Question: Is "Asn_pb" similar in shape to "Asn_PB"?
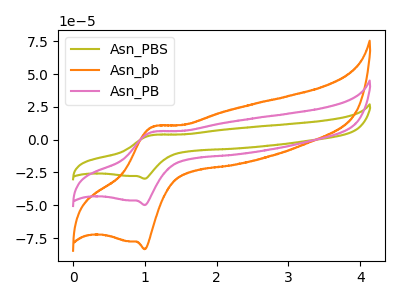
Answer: <think>The olive curve "Asn_PBS" has an anodic peak at (1.10V, 11.75uA) and a cathodic peak at (1.00V, -99.75uA). The orange curve "Asn_pb" has an anodic peak at (1.10V, 9.85uA) and a cathodic peak at (1.00V, -83.50uA). The pink curve "Asn_PB" has an anodic peak at (1.10V, 5.90uA) and a cathodic peak at (1.00V, -49.85uA).
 All the peaks in "Asn_pb" have a peak in "Asn_PB" at the same potential. Every peak in "Asn_pb" is higher than every peak in "Asn_PB".</think>
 <answer>"Asn_pb" and "Asn_PB" are similar in shape.</answer>
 <eval>same_shape</eval>